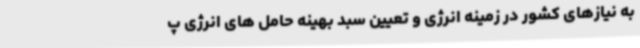
به نیازهای کشور در زمینه انرژی و تعیین سبد بهینه حامل های انرژی پ